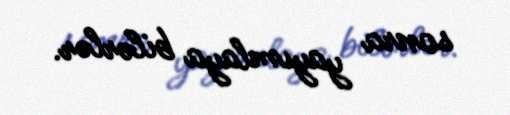
sonra yayımlaya bilərlər.